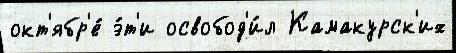
окт'ябр'е́ э́т'и освобод'и́л Камакурск'их